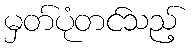
မှတ်ပုံတင်သည့်